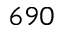
6 9 0